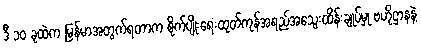
ဒီ ၁၀ ခုထဲက မြန်မာအတွက်ရတာက စိုက်ပျိုးရေးထုတ်ကုန်အရည်အသွေးထိန်းချုပ်မှု ဗဟိုဌာနနဲ့